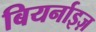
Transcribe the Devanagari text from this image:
बियर्नाइज़